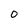
Character: o